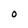
Character: O